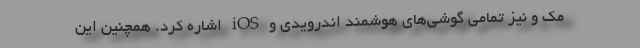
مک و نیز تمامی گوشی‌های هوشمند اندرویدی و iOS اشاره کرد. همچنین این